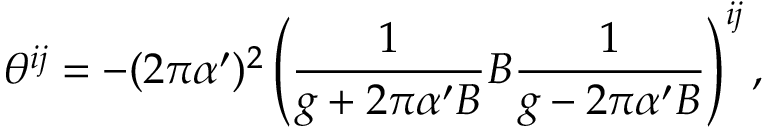
\theta ^ { i j } = - ( 2 \pi \alpha ^ { \prime } ) ^ { 2 } \left( \frac { 1 } { g + 2 \pi \alpha ^ { \prime } B } B \frac { 1 } { g - 2 \pi \alpha ^ { \prime } B } \right) ^ { i j } ,